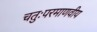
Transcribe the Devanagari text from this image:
चतुःपरमाणवीय